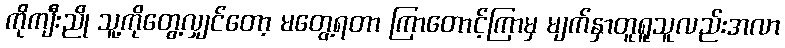
ကိုကျီးညို သူ့ကိုတွေ့လျှင်တော့ မတွေ့ရတာ ကြာတောင့်ကြာမှ မျက်နှာတူရူသူလည်းအလာ